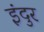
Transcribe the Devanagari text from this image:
इंदुर